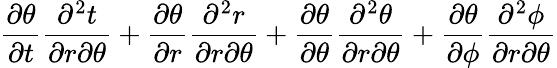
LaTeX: \frac{\partial\theta}{\partial t}\frac{\partial^{2}t}{\partial r\partial\theta}+\frac{\partial\theta}{\partial r}\frac{\partial^{2}r}{\partial r\partial\theta}+\frac{\partial\theta}{\partial\theta}\frac{\partial^{2}\theta}{\partial r\partial\theta}+\frac{\partial\theta}{\partial\phi}\frac{\partial^{2}\phi}{\partial r\partial\theta}